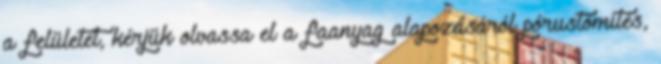
a felületet, kérjük olvassa el a faanyag alapozásáról pórustömítés,